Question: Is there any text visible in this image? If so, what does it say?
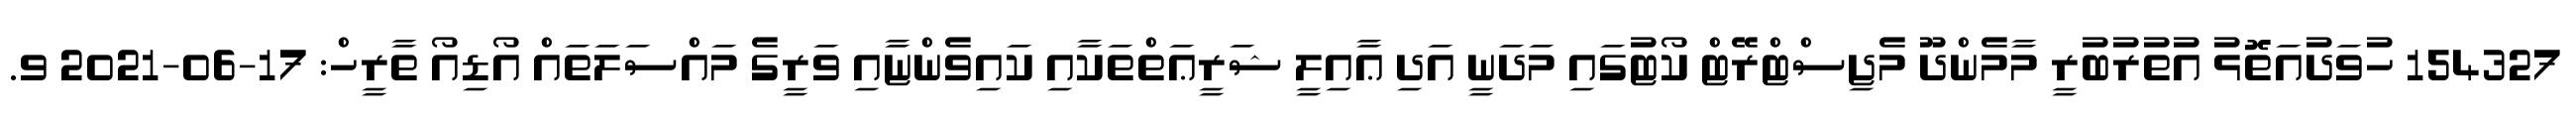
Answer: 154327 ހުވަދުއަތޮޅު އުތުރުބުރީ މާމެންދޫ މެޖިސްޓްރޭޓް ކޯޓުގައި މަދަނީ އަދި ޢާއިލީ ޝަރީޢަތްތަކާއި ކައިވެންޏާއި ވަރީގެ މައްސަލަތައް އޯޑިއޯ ތާރީހް: 17-06-2021 ވ.